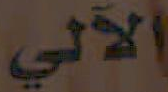
الآلي